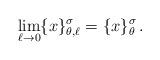
LaTeX: \begin{align*}\lim_{\ell \rightarrow 0}\{x\}_{\theta ,\ell }^{\sigma }=\{x\}_{\theta}^{\sigma }\,. \end{align*}